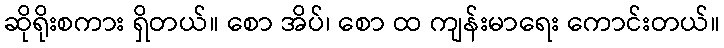
ဆိုရိုးစကား ရှိတယ်။ စော အိပ်၊ စော ထ ကျန်းမာရေး ကောင်းတယ်။